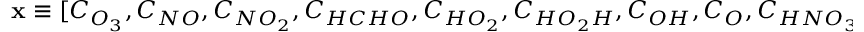
\mathbf { x } \equiv [ C _ { O _ { 3 } } , C _ { N O } , C _ { N O _ { 2 } } , C _ { H C H O } , C _ { H O _ { 2 } } , C _ { H O _ { 2 } H } , C _ { O H } , C _ { O } , C _ { H N O _ { 3 } } , C _ { C O } , C _ { H _ { 2 } } ] \equiv [ C _ { 1 } , C _ { 2 } , \dots ] .